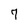
Character: 7